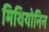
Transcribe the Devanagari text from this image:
मिथियोनिन